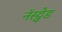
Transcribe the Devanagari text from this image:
नॅस्ट्वेड